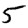
Digit: 5